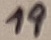
Text: 19